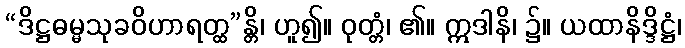
“ဒိဋ္ဌဓမ္မသုခဝိဟာရတ္ထ”န္တိ၊ ဟူ၍။ ဝုတ္တံ၊ ၏။ ဣဒါနိ၊ ၌။ ယထာနိဒ္ဒိဋ္ဌံ၊